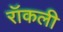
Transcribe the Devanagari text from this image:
रॉकली